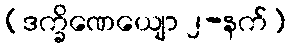
(ဒက္ခိဏေယျော ၂-နက်)